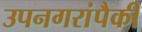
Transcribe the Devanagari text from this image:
उपनगरांपैकी